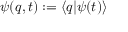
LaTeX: \psi ( q , t ) : = \left< q | \psi ( t ) \right>